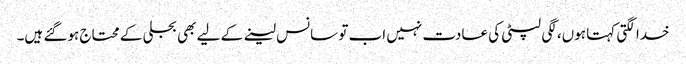
خدا لگتی کہتا ہوں، لگی لپٹی کی عادت نہیں اب تو سانس لینے کے لیے بھی بجلی کے محتاج ہوگئے ہیں‌۔